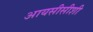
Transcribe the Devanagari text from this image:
आयसीसीशी